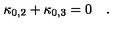
\kappa _ { 0 , 2 } + \kappa _ { 0 , 3 } = 0 \quad .